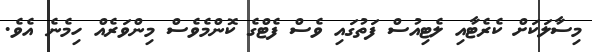
މިސާލަކަށް ކެރެޓާއި ލެޓިއުސް ފަތުގައި ވެސް ފެޓްގެ ކޮންމެވެސް މިންވަރެއް ހިމެނެ އެވެ.